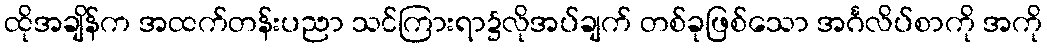
ထိုအချိန်က အထက်တန်းပညာ သင်ကြားရာ၌လိုအပ်ချက် တစ်ခုဖြစ်သော အင်္ဂလိပ်စာကို အကို